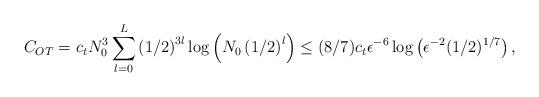
LaTeX: \begin{align*}C_{OT}&=c_{t}N_{0}^{3}\sum^{L}_{l=0}\left(1/2\right)^{3l}\log\left(N_{0}\left(1/2\right)^{l}\right) \leq (8/7)c_{t}\epsilon^{-6}\log\left(\epsilon^{-2}(1/2)^{1/7}\right),\end{align*}